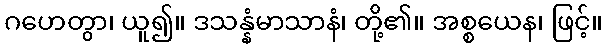
ဂဟေတွာ၊ ယူ၍။ ဒသန္နံမာသာနံ၊ တို့၏။ အစ္စယေန၊ ဖြင့်။